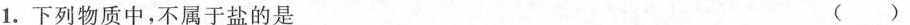
1.下列物质中，不属于盐的是 ()